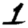
Digit: 1